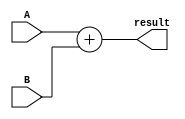
module Adder (
    input wire [7:0] A,
    input wire [7:0] B,
    output reg [8:0] result
);

// Internal logic to perform addition operation
always @* begin
    result = A + B;
end

endmodule